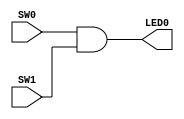
module exercise_1(SW0, SW1, LED0);
	input SW0, SW1;
	output LED0;
	and (LED0, SW0, SW1);
endmodule